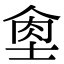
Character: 𦚙